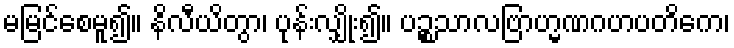
မမြင်စေမူ၍။ နိလီယိတွာ၊ ပုန်းလျှိုး၍။ ပဉ္စသာလဗြာဟ္မဏဂဟပတိကေ၊